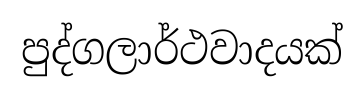
පුද්ගලාර්ථවාදයක්